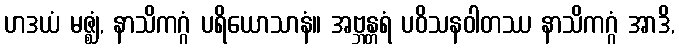
ဟဒယံ မဇ္ဈံ, နာသိကဂ္ဂံ ပရိယောသာနံ။ အဗ္ဘန္တရံ ပဝိသနဝါတဿ နာသိကဂ္ဂံ အာဒိ,